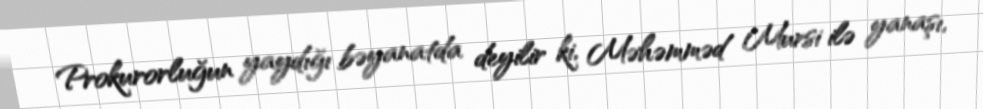
Prokurorluğun yaydığı bəyanatda deyilir ki, Məhəmməd Mursi ilə yanaşı,